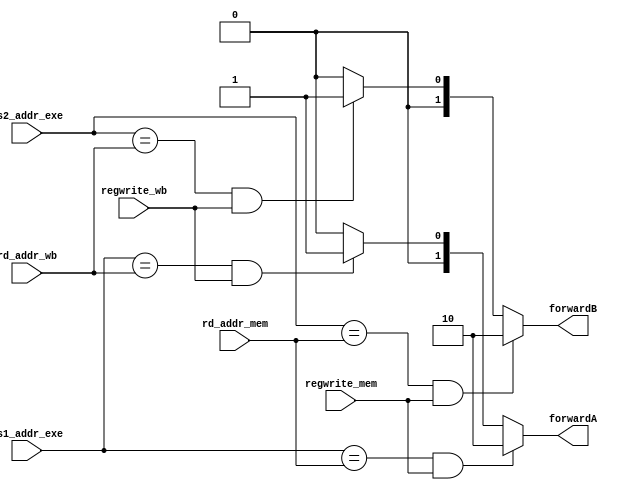
// For now, ignore the case where
// regwrite_mem is 1 and mem_read is 1
// which is load-use hazard and will be solved 
// by hazard detection unit later

`define FROM_REG    2'b00
`define FROM_WB     2'b01
`define FROM_MEM    2'b10

module Forwarding(
    rs1_addr_exe, rs2_addr_exe, regwrite_mem, regwrite_wb, rd_addr_mem, rd_addr_wb,
    forwardA, forwardB
);

input       [4:0]   rs1_addr_exe, rs2_addr_exe, rd_addr_mem, rd_addr_wb;
input               regwrite_mem, regwrite_wb;
output      [1:0]   forwardA, forwardB;

assign  forwardA    =   ((rs1_addr_exe == rd_addr_mem) && regwrite_mem) ?   `FROM_MEM   :
                        ((rs1_addr_exe == rd_addr_wb)  && regwrite_wb)  ?   `FROM_WB    :
                                                                            `FROM_REG;

assign  forwardB    =   ((rs2_addr_exe == rd_addr_mem) && regwrite_mem) ?   `FROM_MEM   :
                        ((rs2_addr_exe == rd_addr_wb)  && regwrite_wb)  ?   `FROM_WB    :
                                                                            `FROM_REG;

endmodule